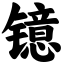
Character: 镱